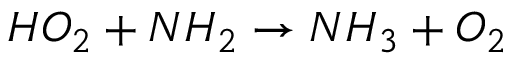
H O _ { 2 } + N H _ { 2 } \rightarrow N H _ { 3 } + O _ { 2 }